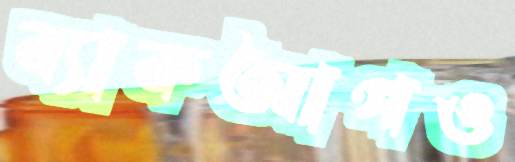
ব্যাকআপও